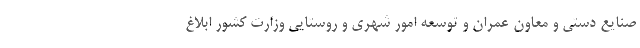
صنایع دستی و معاون عمران و توسعه امور شهری و روستایی وزارت کشور ابلاغ